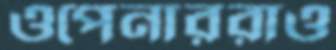
ওপেনাররাও